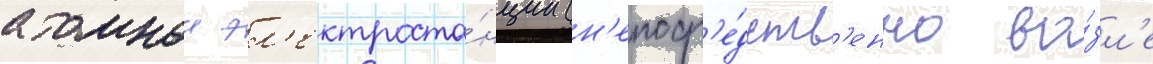
атомнои эл'ектроста́нции (н'епоср'е́дств'енно во́зл'е